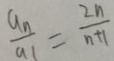
\frac { a _ { n } } { a _ { 1 } } = \frac { 2 n } { n + 1 }